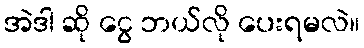
အဲဒါ ဆို ငွေ ဘယ်လို ပေးရမလဲ။